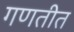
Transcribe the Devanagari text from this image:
गणतीत